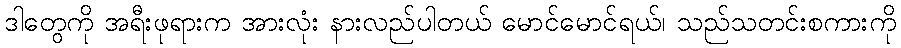
ဒါတွေကို အရီးဖုရားက အားလုံး နားလည်ပါတယ် မောင်မောင်ရယ်၊ သည်သတင်းစကားကို